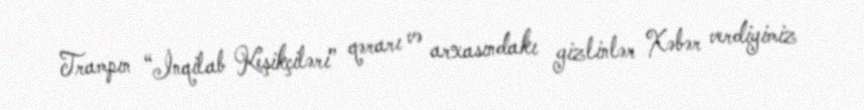
Trampın “İnqilab Keşikçiləri” qərarı və arxasındakı gizlinlər Xəbər verdiyimiz